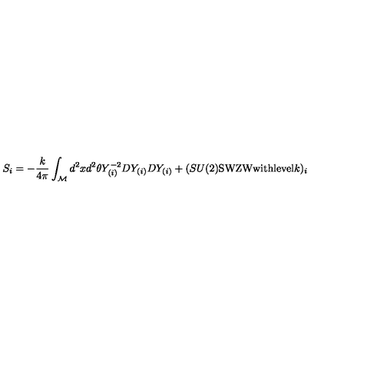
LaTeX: S _ { i } = - \frac { k } { 4 \pi } \int _ { \cal M } d ^ { 2 } x d ^ { 2 } \theta Y _ { ( i ) } ^ { - 2 } D Y _ { ( i ) } D Y _ { ( i ) } + ( S U ( 2 ) \mathrm { S W Z W w i t h l e v e l } k ) _ { i }